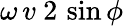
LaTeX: \omega\, v\ 2\, \sin\phi